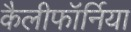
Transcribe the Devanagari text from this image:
कैलीफॉर्निया